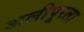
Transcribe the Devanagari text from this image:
अलीपूरला